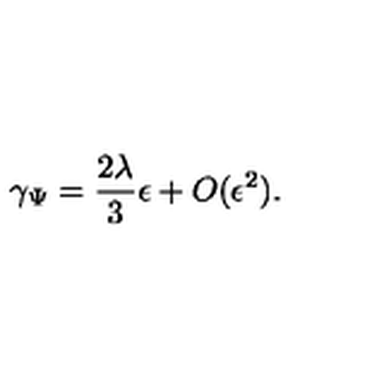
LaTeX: \gamma _ { \Psi } = \frac { 2 \lambda } { 3 } \epsilon + O ( \epsilon ^ { 2 } ) .